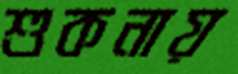
শুকনায়